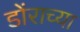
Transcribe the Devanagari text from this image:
डोंराच्या